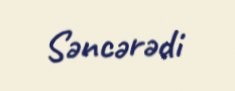
Səncərədi